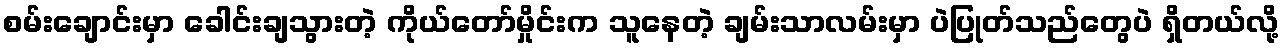
စမ်းချောင်းမှာ ခေါင်းချသွားတဲ့ ကိုယ်တော်မှိုင်းက သူနေတဲ့ ချမ်းသာလမ်းမှာ ပဲပြုတ်သည်တွေပဲ ရှိတယ်လို့